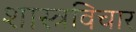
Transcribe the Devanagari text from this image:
शास्त्रविचार